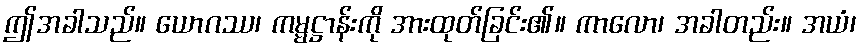
ဤအခါသည်။ ယောဂဿ၊ ကမ္မဋ္ဌာန်းကို အားထုတ်ခြင်း၏။ ကာလော၊ အခါတည်း။ အယံ၊